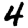
Digit: 4